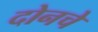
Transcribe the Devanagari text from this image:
दोनचे